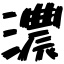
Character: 濃